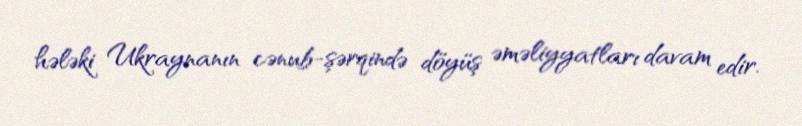
hələki Ukraynanın cənub-şərqində döyüş əməliyyatları davam edir.